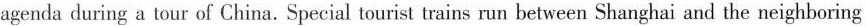
agenda during a tour of China. Special tourist trains run between Shanghai and the neighboring